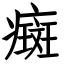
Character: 癍